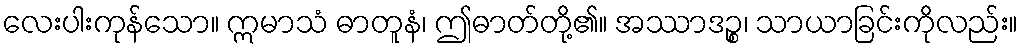
လေးပါးကုန်သော။ ဣမာသံ ဓာတူနံ၊ ဤဓာတ်တို့၏။ အဿာဒဉ္စ၊ သာယာခြင်းကိုလည်း။